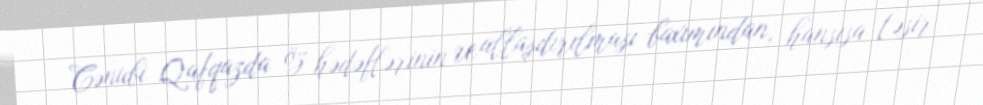
Cənubi Qafqazda öz hədəflərinin reallaşdırılması baxımından, hansısa təsir